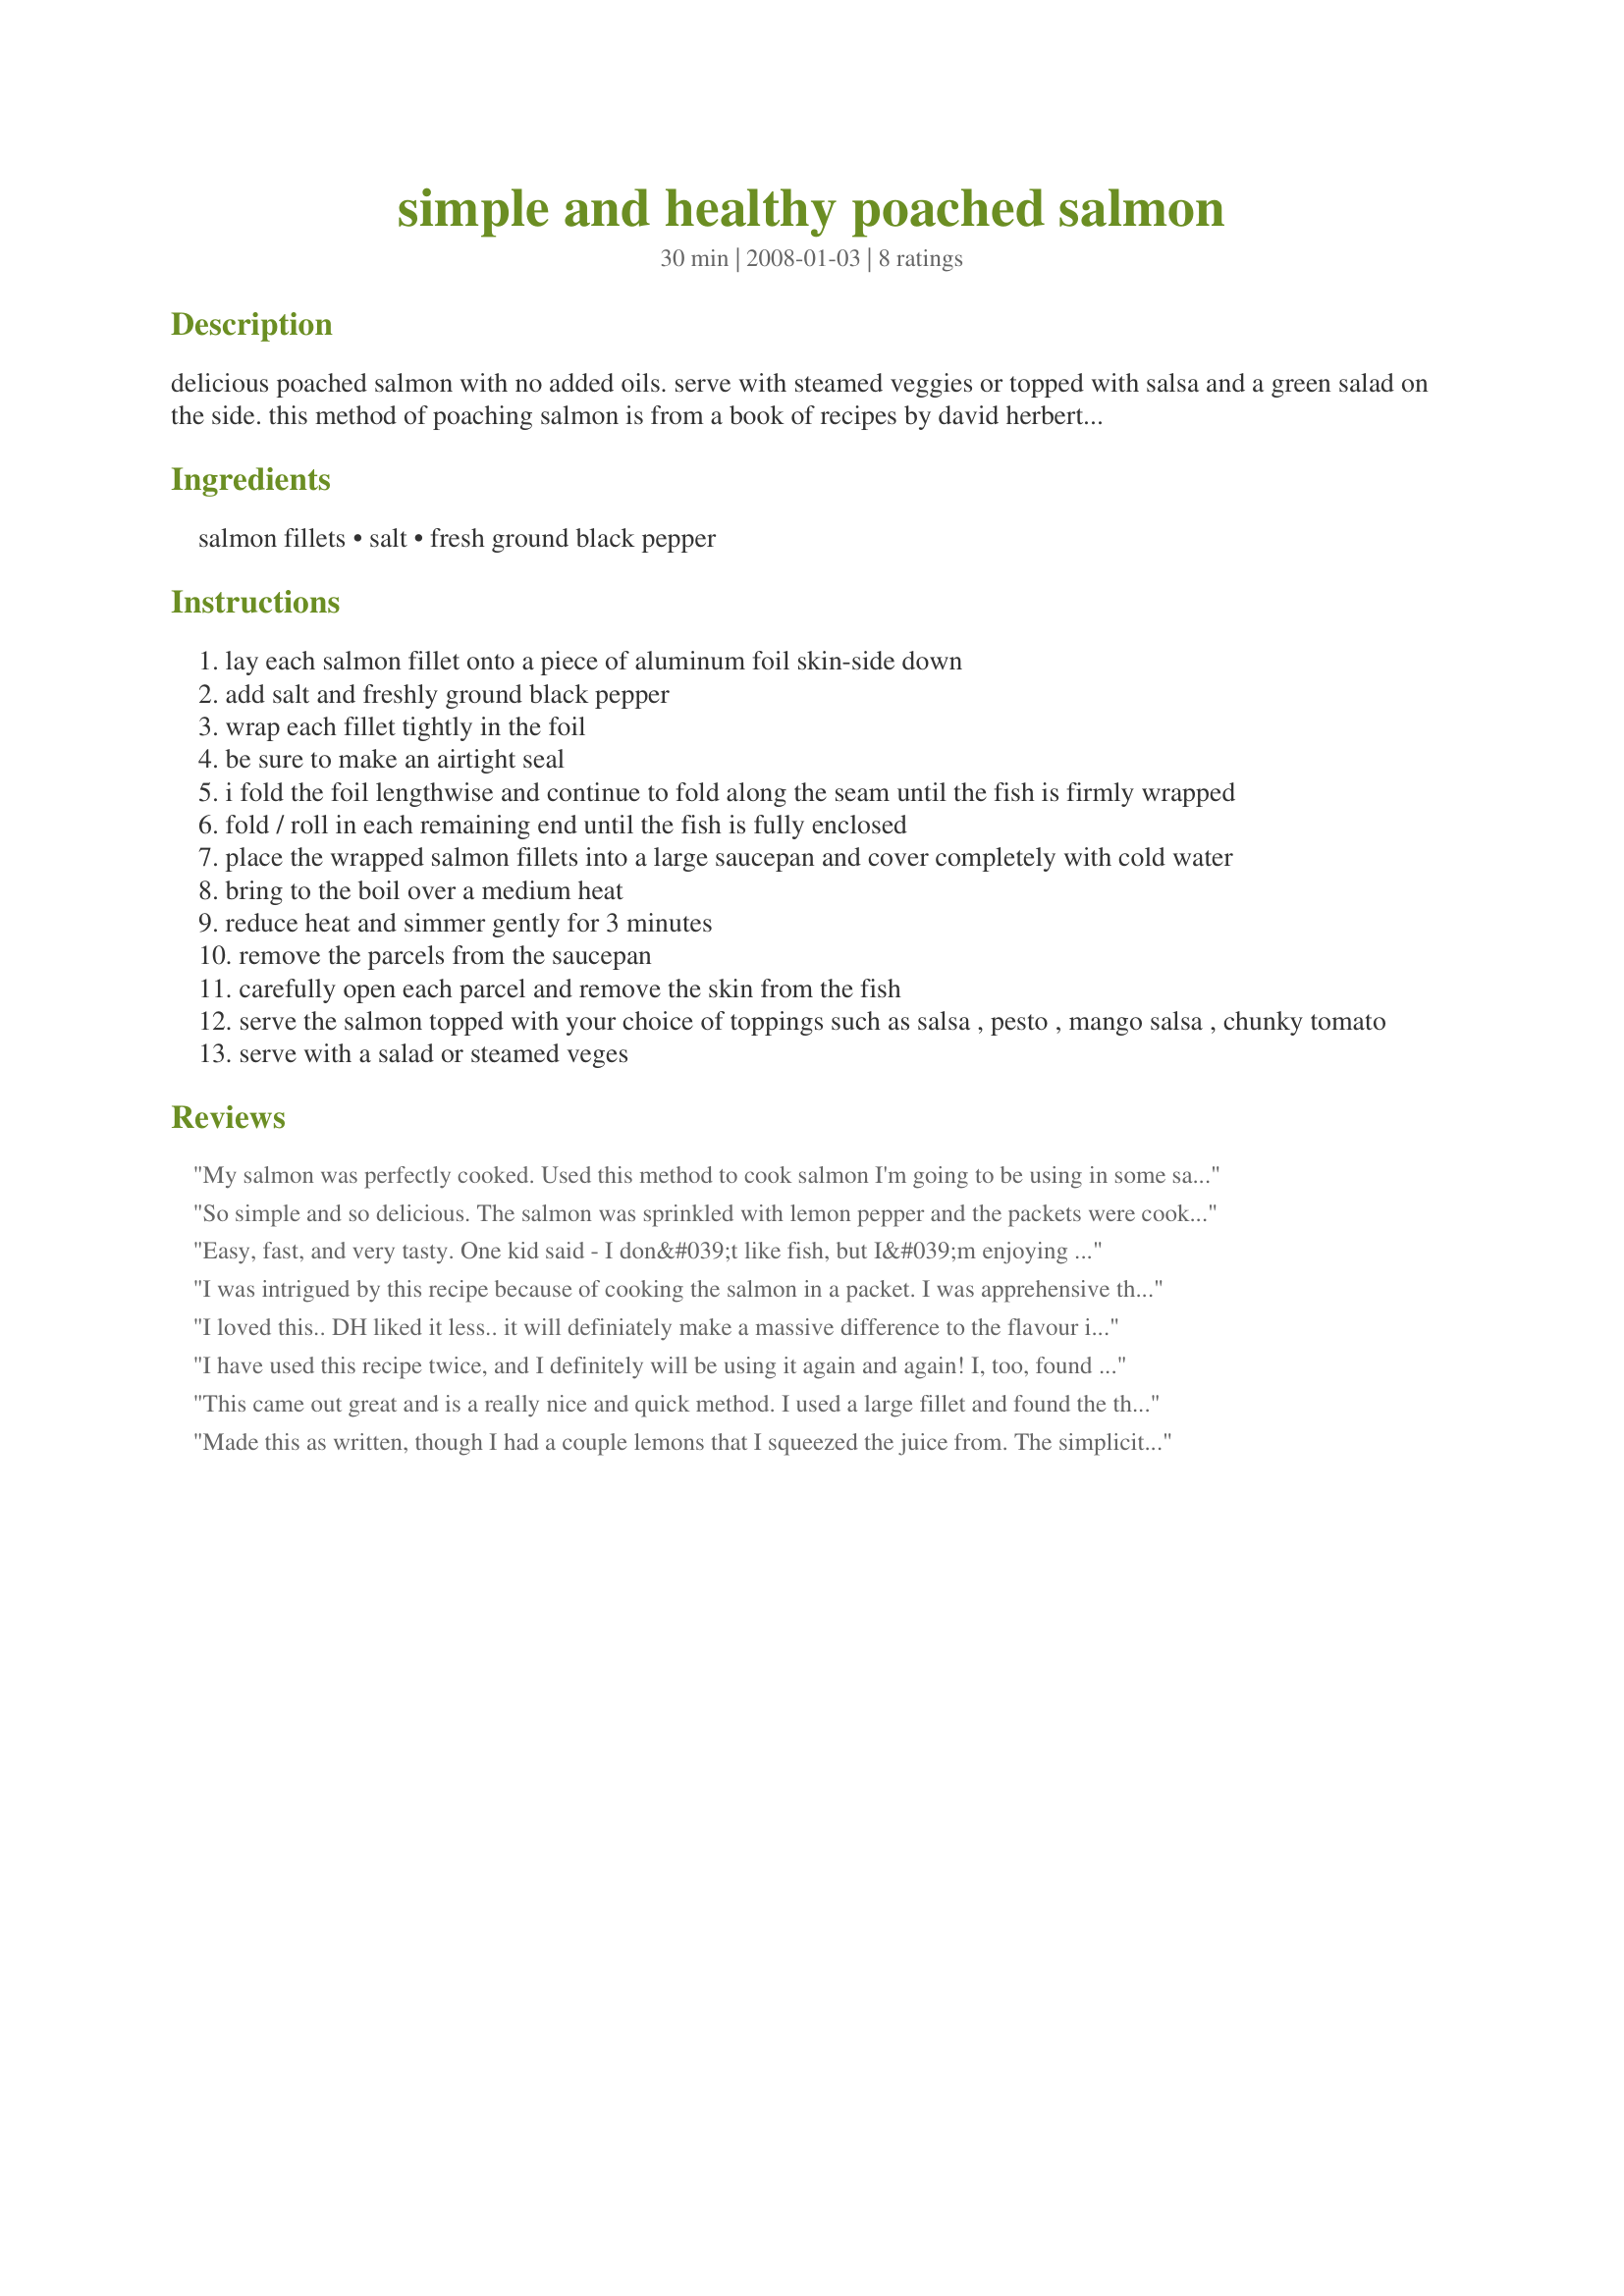
simple and healthy poached salmon
Preparation time: 30 minutes

delicious poached salmon with no added oils. serve with steamed veggies or topped with salsa and a green salad on the side. this method of poaching salmon is from a book of recipes by david herbert who writes for the 'weekend australian' newspaper.

Ingredients:
salmon fillets, salt, fresh ground black pepper

Steps:
lay each salmon fillet onto a piece of aluminum foil skin-side down
add salt and freshly ground black pepper
wrap each fillet tightly in the foil
be sure to make an airtight seal
i fold the foil lengthwise and continue to fold along the seam until the fish is firmly wrapped
fold / roll in each remaining end until the fish is fully enclosed
place the wrapped salmon fillets into a large saucepan and cover completely with cold water
bring to the boil over a medium heat
reduce heat and simmer gently for 3 minutes
remove the parcels from the saucepan
carefully open each parcel and remove the skin from the fish
serve the salmon topped with your choice of toppings such as salsa , pesto , mango salsa , chunky tomato
serve with a salad or steamed veges

Reviews:
My salmon was perfectly cooked. Used this method to cook salmon I'm going to be using in some salad recipes.
So simple and so delicious. The salmon was sprinkled with lemon pepper and the packets were cooked in the rice cooker/steamer for a quick dinner with minimal clean-up.
Easy, fast, and very tasty. One kid said - I don&#039;t like fish, but I&#039;m enjoying this. Made for ZWT9.
I was intrigued by this recipe because of cooking the salmon in a packet. I was apprehensive though over the short cooking time and do confess to leaving it longer. I am very squeamish about undercooked fish. The fish I pulled out after the longer time was overdone, but I ate it happily. Next time I will follow the directions for my hubsands pkt. I used lemon pepper and the flavor was nice with additional lemon wedges at the table. Made for ZWT4.
I loved this.. DH liked it less.. it will definiately make a massive difference to the flavour if you have wild salmon to hand or farmed, and in a recipe where ALL the flavour needs to come from the fish, wild can not be beaten. DH often remarks of salmon recipes that he wants to taste the fish and not the "extras" on it so much so this should have been right up his street.. but we did have farmed salmon so he said there wasn't enough flavour. Please see my Rating System: I liked the simplicity and that fact that this has no added sugar, syrup etc, but I'm looking at it from a more critical health point of view than DH because I'm trying to shed some unwanted kgs. Like others who reviewed this I looked at the cooking time and increased it as well, but our pieces were also quite thick so I think I added about 10 minutes boiling time ( carefully turned the packages over half way though) and I was delighted to find that it was perfectly cooked though and not dry at all. I will endevour to find wild salmon for this recipe and I will certainly be making it again. 
Thanks!
I have used this recipe twice, and I definitely will be using it again and again! I, too, found the foil to be a bit different since I'm used to poaching directly in the liquid, but I actually found the salmon to be more moist when cooked in the foil. I used garlic salt, crushed garlic, a squeeze of lemon, and freshly ground black pepper as seasonings for the second time since the first time (with just the salt and pepper) seemed kind of bland. I also had to modify the simmering time because my fillets were rather thick, and I'm kind of squeamish about raw salmon (except when it's sushi ^_^)...I actually simmered mine for 8 minutes. The skin pulled away easily, and the fish flaked nicely. I may use this recipe to create a salmon salad, kind of like tuna, that I can use for lunches or snacks. Thank you for an awesome recipe!!!
This came out great and is a really nice and quick method. I used a large fillet and found the three minutes spot on although I do prefer my salmon lightly cooked.
Made this as written, though I had a couple lemons that I squeezed the juice from. The simplicity was a plus, though maybe the extras not included was a nice change, having for of a fish flavor, and the lemon giving this a subtle flavor flavor. Tagged and made in Pick a Chef 2012.
